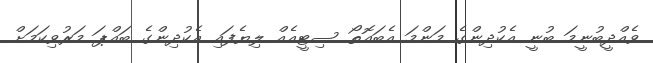
ވެއްދީބުނީމަ ބުނީ އެކުދިންގެ މަންމަ އެބައޮތޯ ސިޓީއެއް ލިޔެފައި އެކުދިންގެ ބައްޕަ މަރުވިކަމަށް